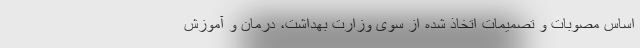
اساس مصوبات و تصمیمات اتخاذ شده از سوی وزارت بهداشت، درمان و آموزش